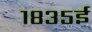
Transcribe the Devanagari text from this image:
१८३५ई